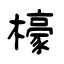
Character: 檺